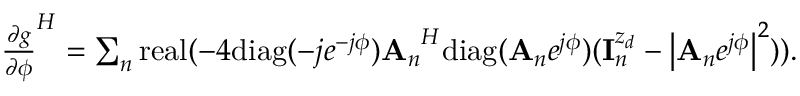
\begin{array} { r } { { \frac { \partial g } { \partial \phi } } ^ { H } = \sum _ { n } \mathrm { r e a l } ( - 4 \mathrm { d i a g } ( - j e ^ { - j \phi } ) { { \bf A } _ { n } } ^ { H } \mathrm { d i a g } ( { { \bf A } _ { n } } e ^ { j \phi } ) ( { \bf { I } } _ { n } ^ { z _ { d } } - \left| { { \bf A } _ { n } } e ^ { j \phi } \right| ^ { 2 } ) ) . } \end{array}